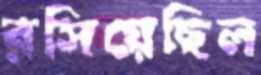
রসিয়েছিল